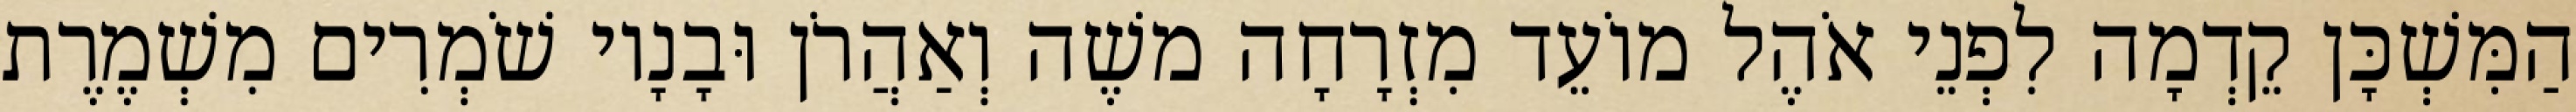
הַמִּשְׁכָּן קֵדְמָה לִפְנֵי אֹהֶל מוֹעֵד מִזְרָחָה משֶׁה וְאַהֲרֹן וּבָנָיו שֹׁמְרִים מִשְׁמֶרֶת